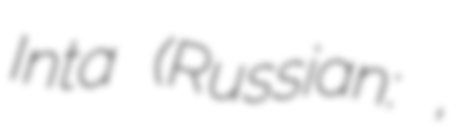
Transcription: Inta (Russian: Инта́,